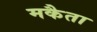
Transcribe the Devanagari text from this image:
मकैता